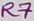
Text: R7